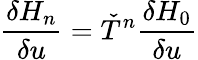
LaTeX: {\frac{\delta H_{n}}{\delta u}}={\check{T}}^{n}{\frac{\delta H_{0}}{\delta u}}